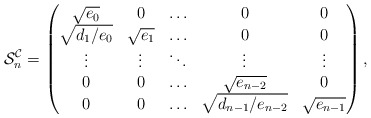
\begin{align*}\mathcal{S}^\mathcal{C}_n=\begin{pmatrix}\sqrt{e_0} & 0 & \ldots & 0 & 0\\\sqrt{d_1/e_0} & \sqrt{e_1} & \ldots & 0 & 0\\\vdots & \vdots & \ddots & \vdots & \vdots\\0 & 0 & \ldots & \sqrt{e_{n-2}} & 0\\0 & 0 & \ldots & \sqrt{d_{n-1}/e_{n-2}} & \sqrt{e_{n-1}}\end{pmatrix},\end{align*}